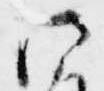
法